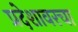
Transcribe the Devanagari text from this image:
प्रदेशावरचा